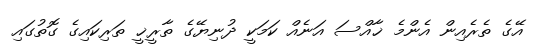
އޭގެ ތެރެއިން އެންމެ ޚާއްސަ އަނެއް ކަމަކީ ދުނިޔޭގެ ތާރީޚީ ތަރިކައިގެ ގޮތުގައި